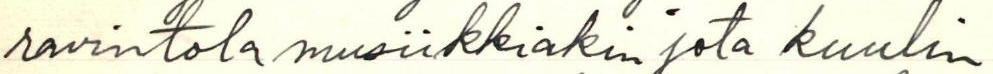
ravintolamusiikkiakin jota kuulin